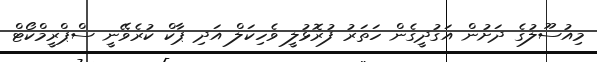
މިއުސޫލުގެ ދަށުން އަގުދީގެން ހަތަރު ފުރޮޅުލީ ވެހިކަލް އަދި ޕާކް ކުރެވޭނީ ސްޕްރީމްކޯޓް